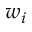
w _ { i }